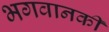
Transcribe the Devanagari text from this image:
भगवानकी